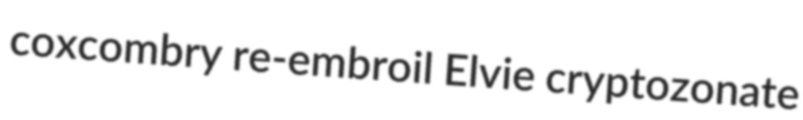
coxcombry re-embroil Elvie cryptozonate